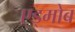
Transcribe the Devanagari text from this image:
एड्मोब